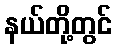
နယ်တို့တွင်